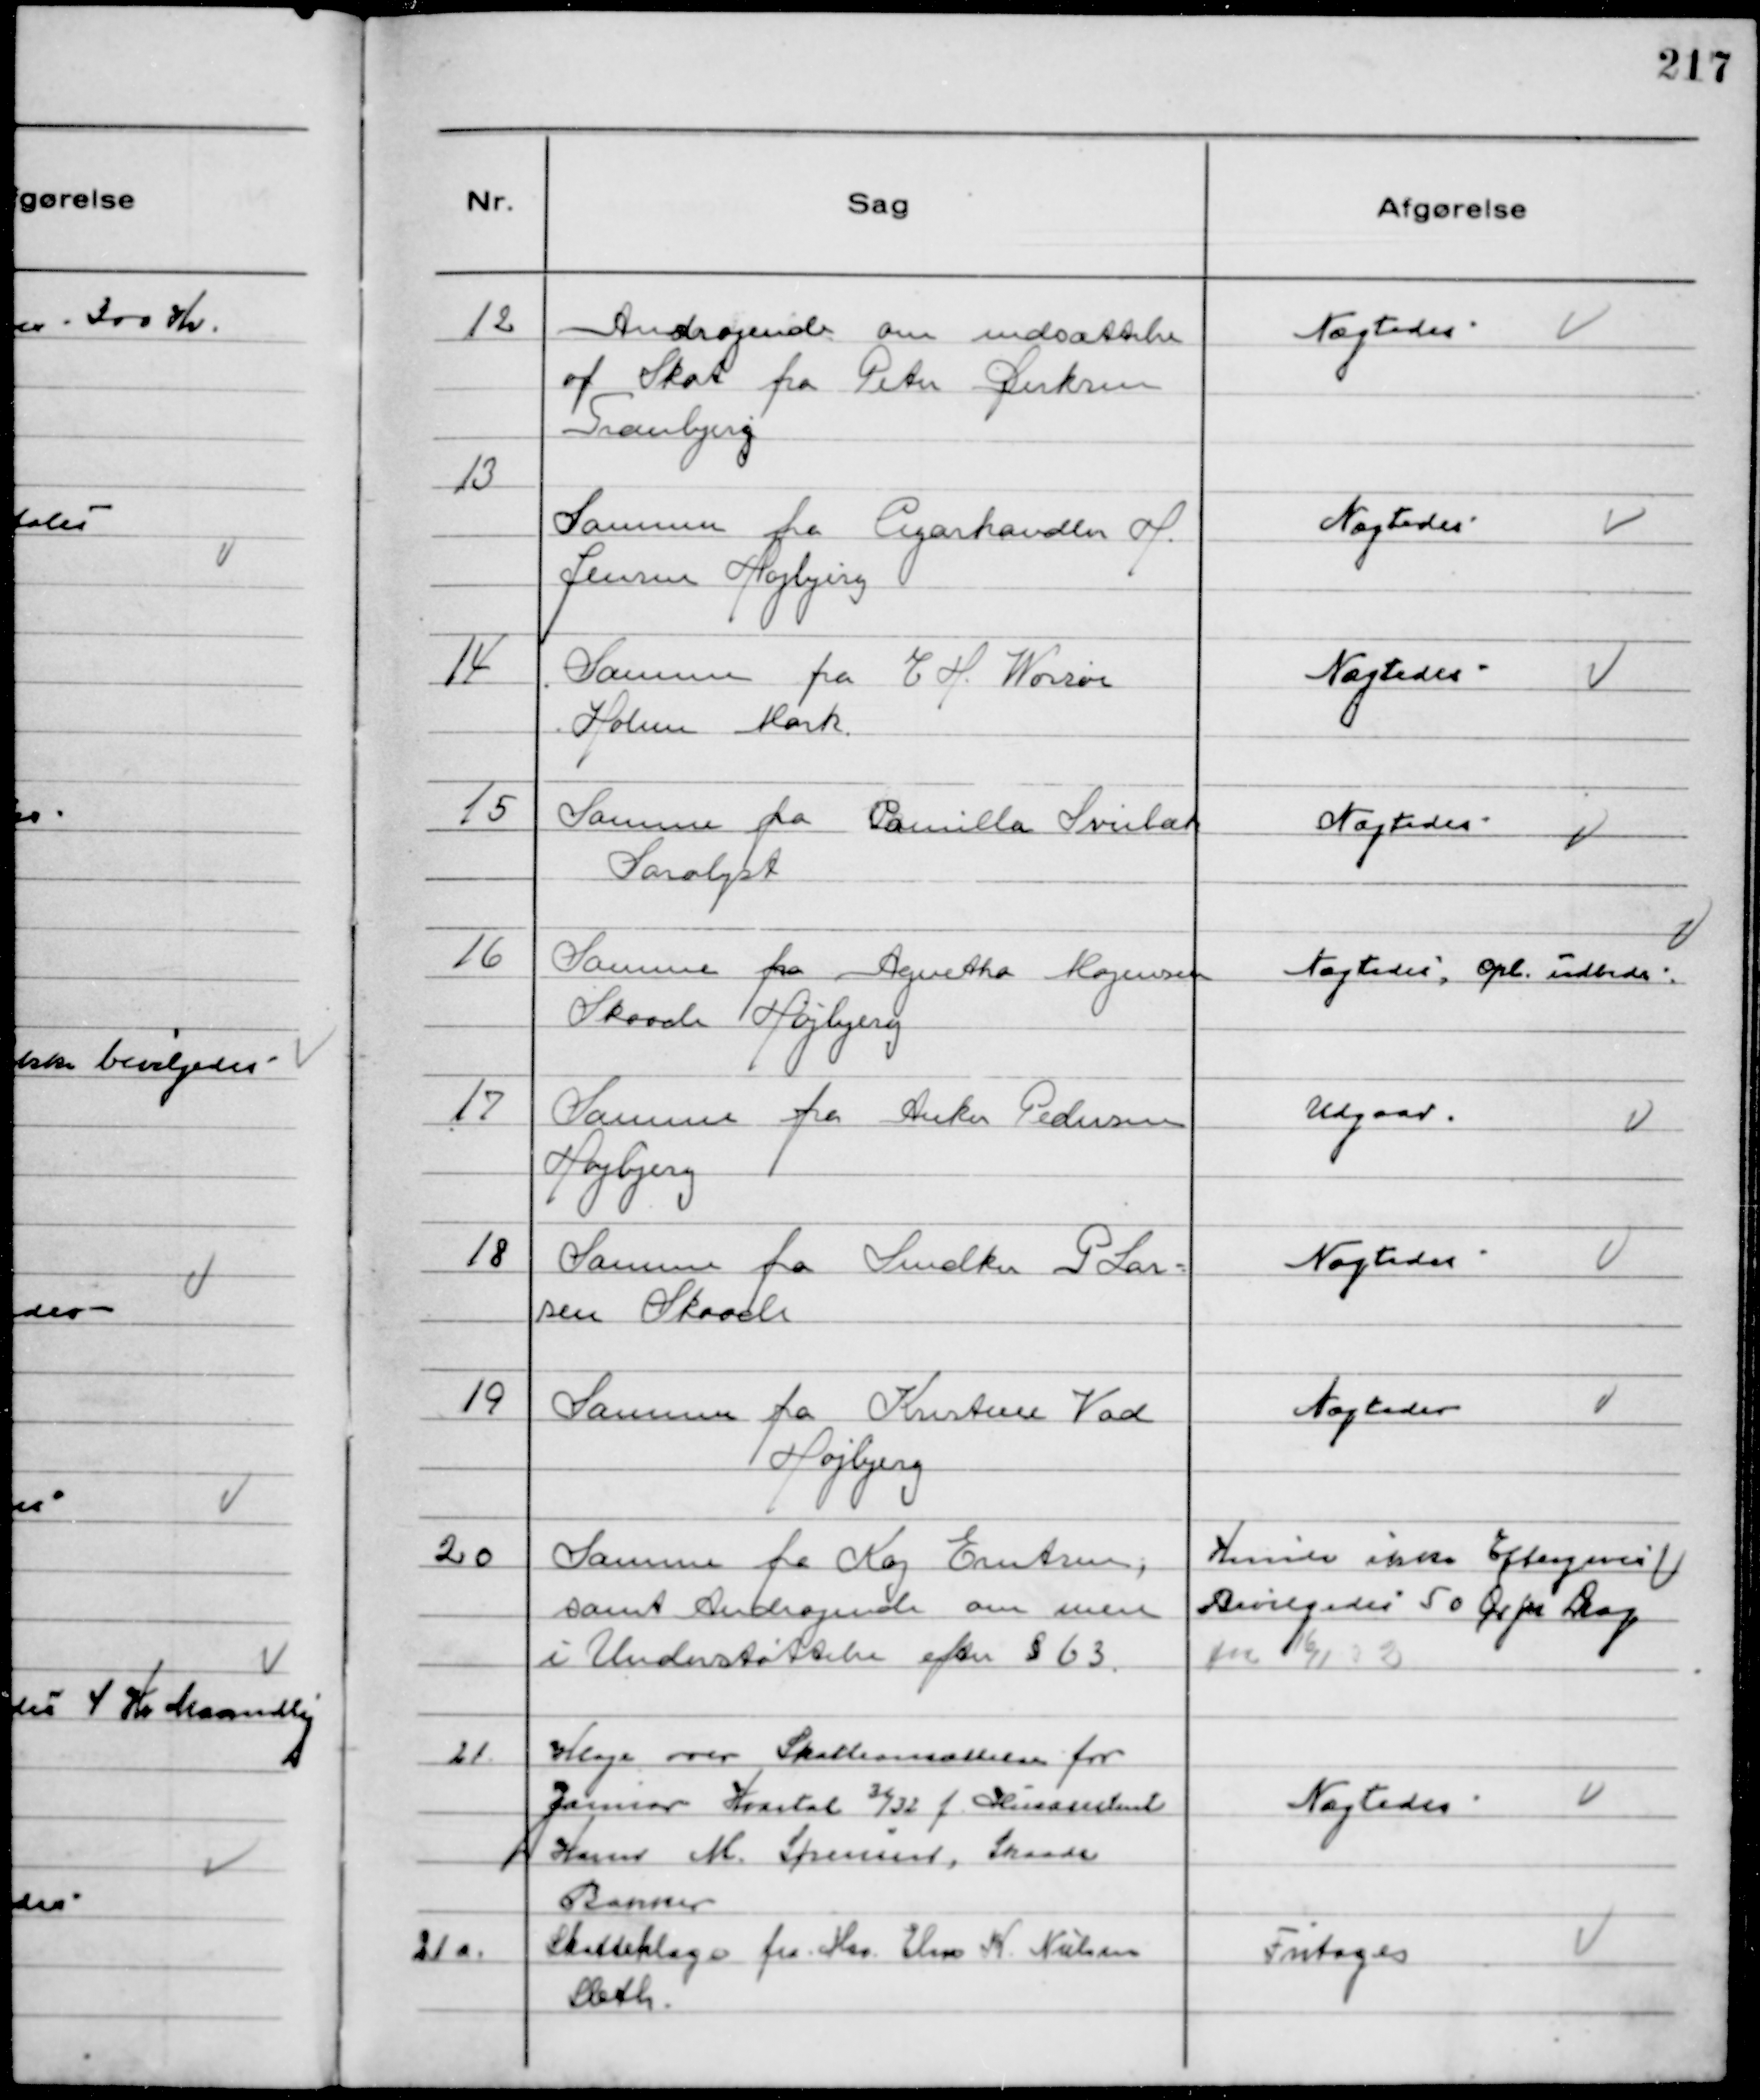
Transskription:
12
Andragende om nedsættelse
af Skat fra Peter Dirksen
Tranbjerg

Nægtedes

13
Samme fra Cigarhandler H.
Jensen Højbjerg

Nægtedes

14
Samme fra E H. Worsøe
Holme Mark.

Nægtedes

15
Samme fra Camilla Sviebæk
Saralyst

Nægtedes

16
Samme fra Agnetha Mogensen
Skaade Højbjerg

Nægtedes, Opl. udbedes.

17
Samme fra Anker Pedersen
Højbjerg

Udgaar

18
Samme fra Snedker P Lar-
sen Skaade

Nægtedes

19
Samme fra Kristine Vad
Højbjerg

Nægtedes

20
Samme fra Kaj Erntzen,
samt Andragende om mere
i Understøttelse efter § 63.

Kunde ikke Eftergives
Bevilgedes 50 Ør pr Dag
fra 16/1 32

21.
Klage over Skatteansættelse for
Januar Kvartal 31/32 f. Husassistent
Hanne M. Sørensen, Skaade
Bakker

Nægtedes

21 a.
Skatteklage fra Hsa. Elin K. Nielsen
Sleth.

Fritages